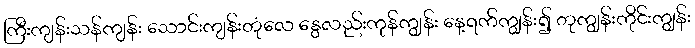
ကြီးကျန်းသန်ကျန်း သောင်းကျန်းတုံလေ နွေလည်းကုန်ကျွန်း နေ့ရက်ကျွန်း၍ တုကျွန်းကိုင်းကျွန်း